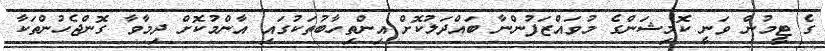
ގެ ޓީމުން ވަނީ ކޮމިޝަންގެ މުވައްޒަފުންނާ ބައްދަލުކޮށް އިންތިހާބުތަކުގައި އާންމުކޮށް ދިމާވާ ގޮންޖެހުންތަކާ